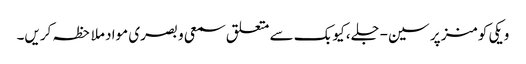
ویکی کومنز پر سین-جلے، کیوبک سے متعلق سمعی و بصری مواد ملاحظہ کریں۔